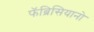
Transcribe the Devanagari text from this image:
फॅब्रिसियानो